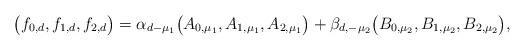
LaTeX: \begin{align*}\big(f_{0,d},f_{1,d},f_{2,d}\big) = \alpha_{d-\mu_1}\big(A_{0,\mu_1},A_{1,\mu_1},A_{2,\mu_1}\big)+\beta_{d,-\mu_2}\big(B_{0,\mu_2},B_{1,\mu_2},B_{2,\mu_2}\big),\end{align*}